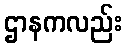
ဌာနကလည်း